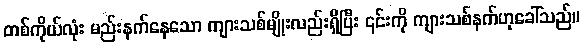
တစ်ကိုယ်လုံး မည်းနက်နေသော ကျားသစ်မျိုးလည်းရှိပြီး ၎င်းကို ကျားသစ်နက်ဟုခေါ်သည်။